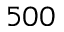
5 0 0